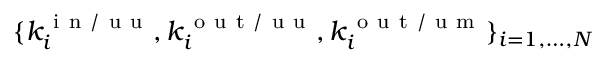
\lbrace k _ { i } ^ { \mathrm { ~ i ~ n ~ / ~ u ~ u ~ } } , k _ { i } ^ { \mathrm { ~ o ~ u ~ t ~ / ~ u ~ u ~ } } , k _ { i } ^ { \mathrm { ~ o ~ u ~ t ~ / ~ u ~ m ~ } } \rbrace _ { i = 1 , \dots , N }